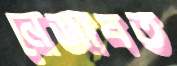
নেজাবত